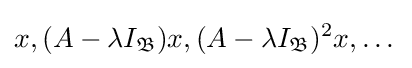
x,(A-\lambda I_{\mathfrak {B}})x,(A-\lambda I_{\mathfrak {B}})^{2}x,\dots